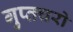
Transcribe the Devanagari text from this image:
गुप्‍तचरो